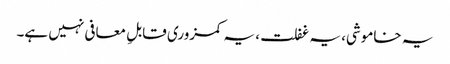
یہ خاموشی، یہ غفلت، یہ کمزوری قابلِ معافی نہیں ہے۔